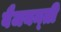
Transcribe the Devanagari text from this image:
बैजयन्‍ती